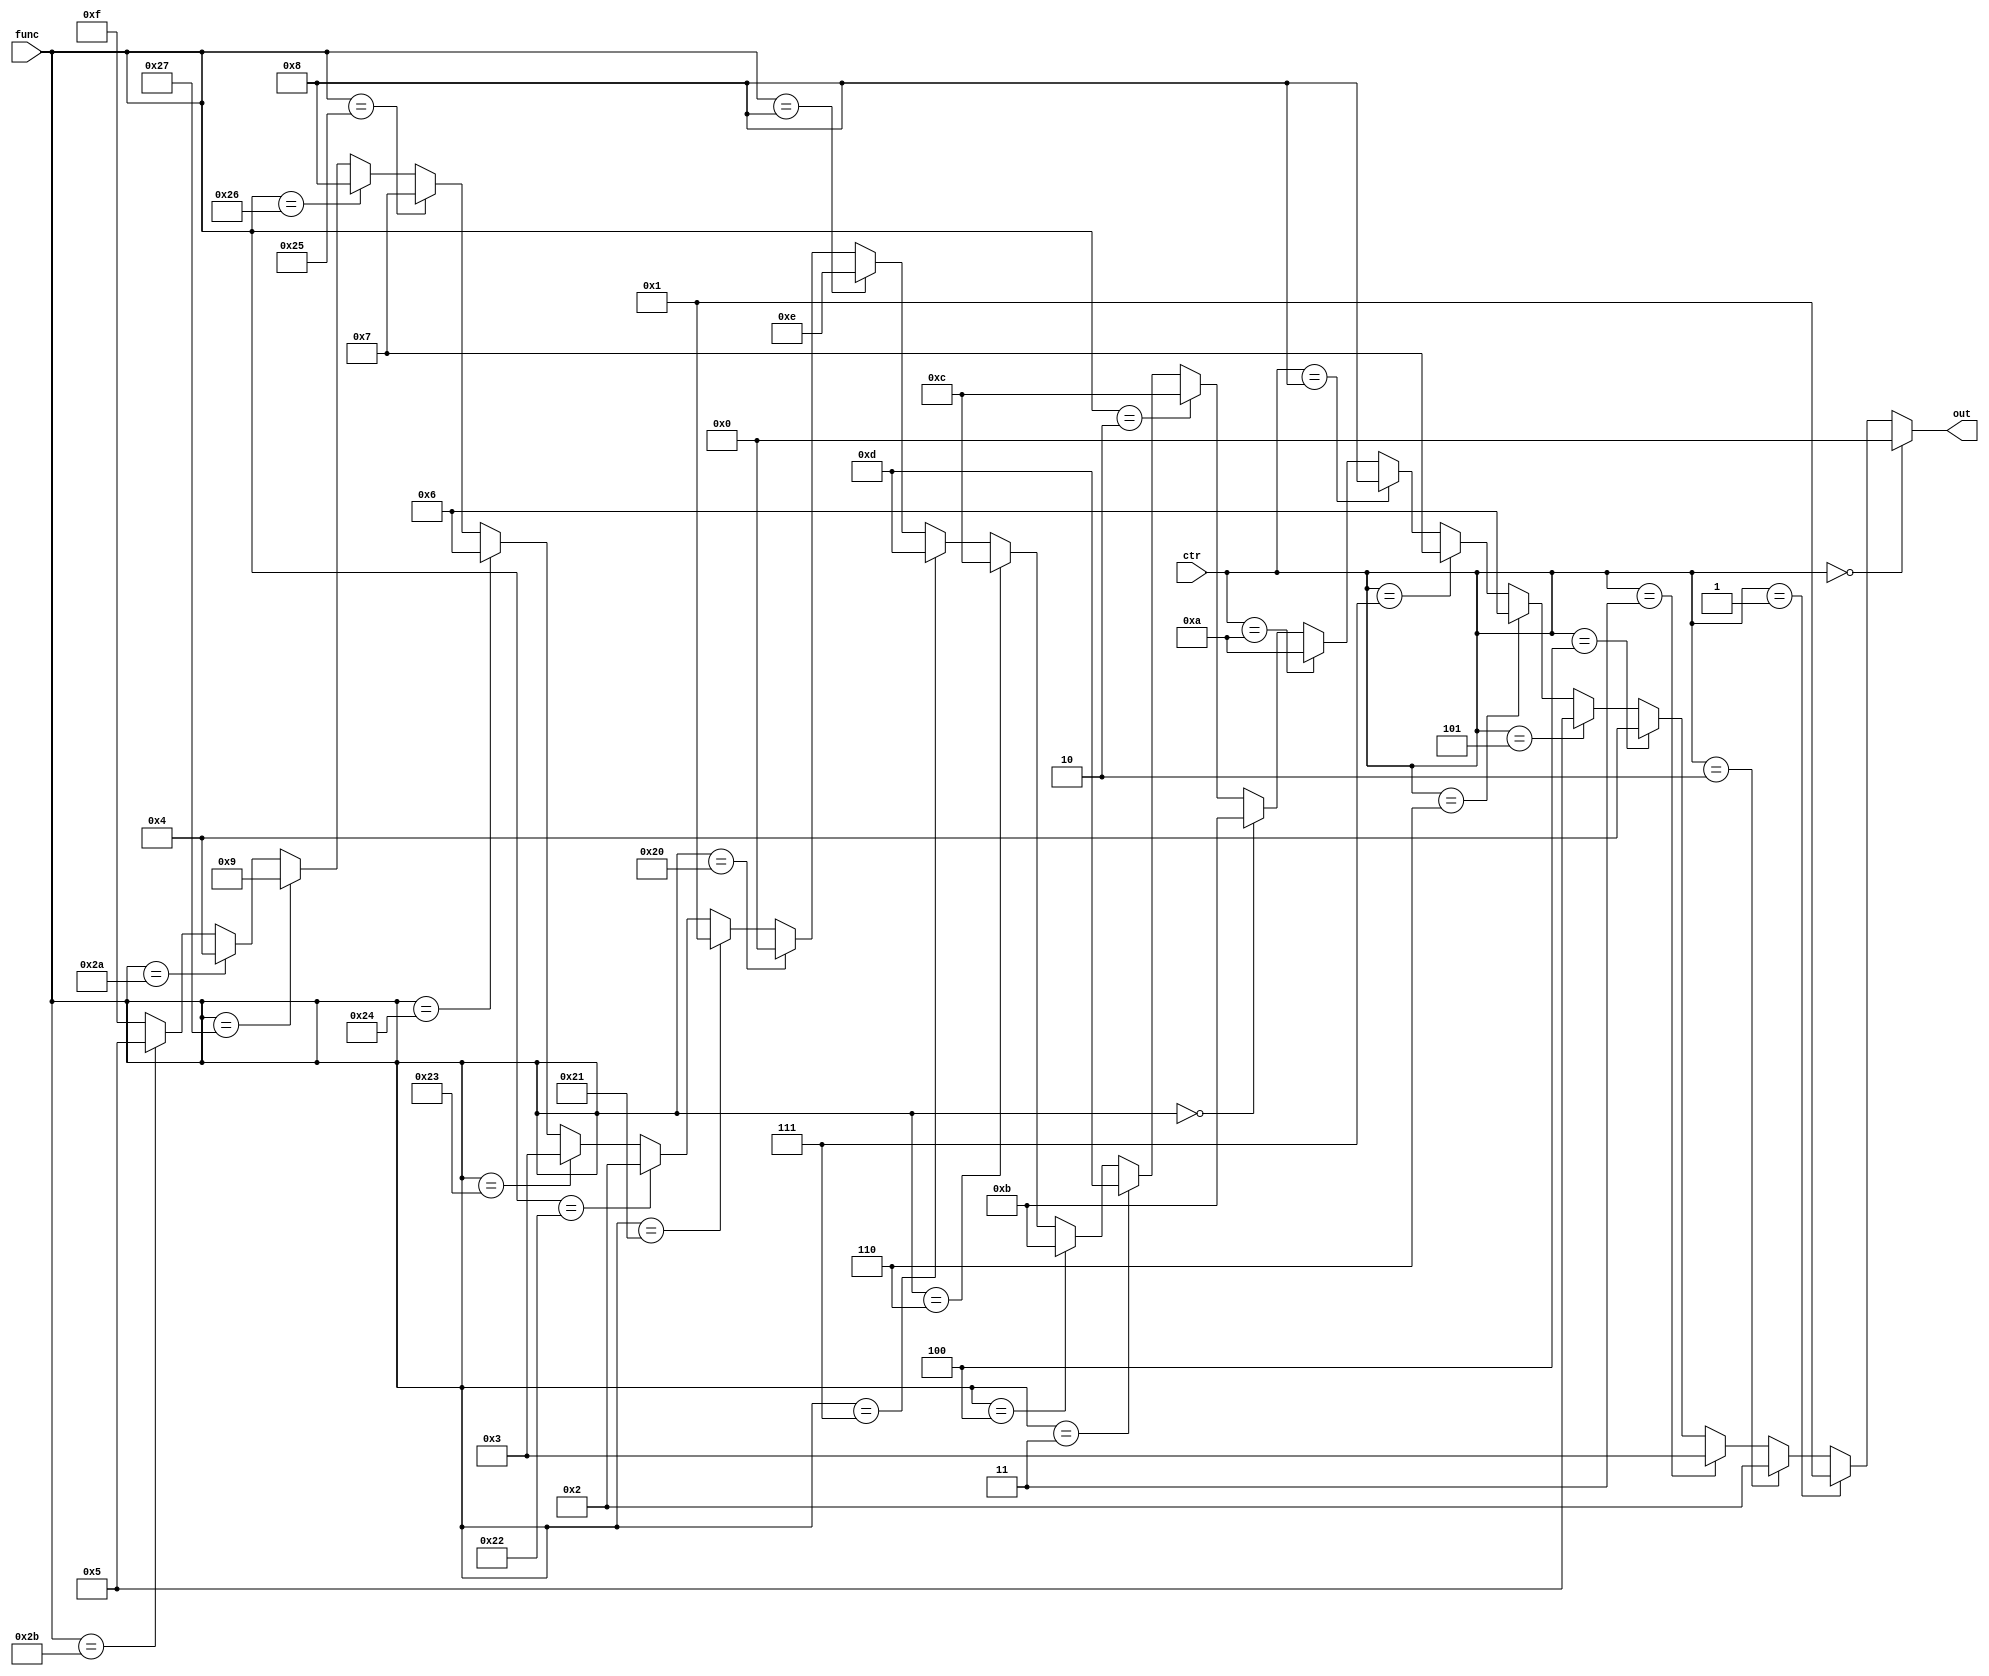
`timescale 1ns / 1ps
//////////////////////////////////////////////////////////////////////////////////
// Company: 
// Engineer: 
// 
// Design Name: 
// Module Name:    alu_ctrl 
// Project Name: 
// Target Devices: 
// Tool versions: 
// Description: 
//
// Dependencies: 
//
// Revision: 
// Revision 0.01 - File Created
// Additional Comments: 
//
//////////////////////////////////////////////////////////////////////////////////
module alu_ctrl(func,ctr,out
    );
	input wire [5:0]func;
	input wire [3:0]ctr;
	output reg [3:0]out;
	//ALUop
	//+  0000
	//+u 0001
	//-  0010
	//-u 0011
	//<  0100
	//<u 0101
	//and0110
	//or 0111
	//xor1000
	//lui1010
	//cal1111
	initial begin
		out=4'hF;
	end
	always@* begin
		if     (ctr==4'b0000) out=4'b0000;//+
		else if(ctr==4'b0001) out=4'b0001;//+u
		else if(ctr==4'b0010) out=4'b0010;//-
		else if(ctr==4'b0011) out=4'b0011;//-u
		else if(ctr==4'b0100) out=4'b0100;//<
		else if(ctr==4'b0101) out=4'b0101;//<u
		else if(ctr==4'b0110) out=4'b0110;//and
		else if(ctr==4'b0111) out=4'b0111;//or
		else if(ctr==4'b1000) out=4'b1000;//xor
		else if(ctr==4'b1010) out=4'b1010;//lui
		else begin
			if		 (func==6'h00) out=4'b1011;//sll  000000
			else if(func==6'h02) out=4'b1100;//srl  000010
			else if(func==6'h03) out=4'b1101;//sra  000011
			else if(func==6'h04) out=4'b1011;//sllv 000100
			else if(func==6'h06) out=4'b1100;//srlv 000110
			else if(func==6'h07) out=4'b1101;//srav 000111
			else if(func==6'h08) out=4'b1110;//jr	 001000
			else if(func==6'h20) out=4'b0000;//add  100000
			else if(func==6'h21) out=4'b0001;//addu 100001
			else if(func==6'h22) out=4'b0010;//sub  100010
			else if(func==6'h23) out=4'b0011;//subu 100011
			else if(func==6'h24) out=4'b0110;//and  100100
			else if(func==6'h25) out=4'b0111;//or   100101
			else if(func==6'h26) out=4'b1000;//xor  100110
			else if(func==6'h27) out=4'b1001;//nor  100111
			else if(func==6'h2A) out=4'b0100;//slt  101010
			else if(func==6'h2B) out=4'b0101;//sltu 101011
			else out=4'b1111;
		end
	end
	//out
	//+  0000
	//+u 0001
	//-  0010
	//-u 0011
	//<  0100
	//<u 0101
	//and0110
	//or 0111
	//xor1000
	//nor1001
	//lui1010
	//sll1011
	//srl1100
	//sra1101
	//jr 1110
	//0  1111
endmodule